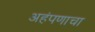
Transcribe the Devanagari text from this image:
अहंपणाचा